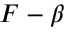
F - \beta